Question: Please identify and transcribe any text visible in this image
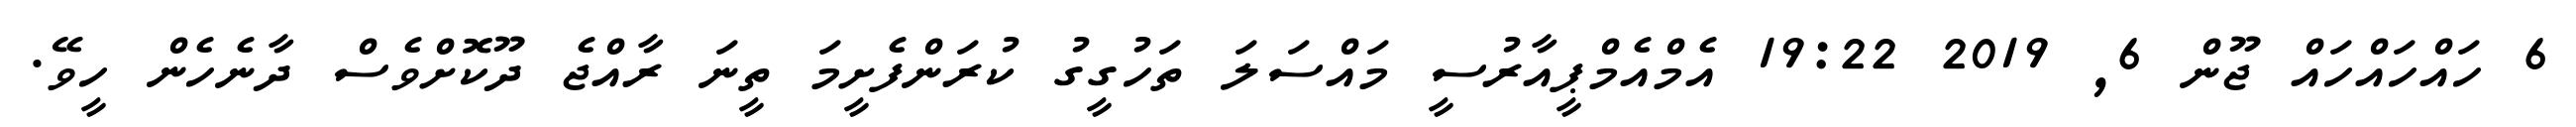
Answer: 6 ހައްހައްހައް ޖޫން 6, 2019 19:22 އެމްއެމްޕީއާރުސީ މައްސަލަ ތަހުގީގު ކުރަންފެށީމަ ތީނަ ރާއްޖެ ދޫކޮށްވެސް ދާނެހެން ހީވޭ.